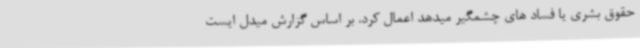
حقوق بشری یا فساد های چشمگیر میدهد اعمال کرد. بر اساس گزارش میدل ایست